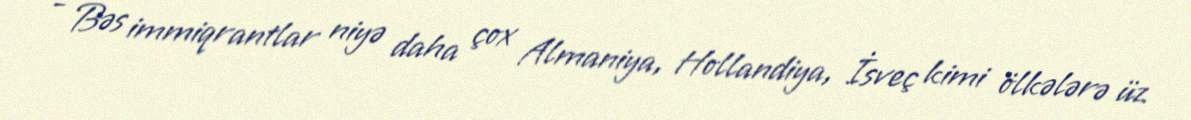
- Bəs immiqrantlar niyə daha çox Almaniya, Hollandiya, İsveç kimi ölkələrə üz